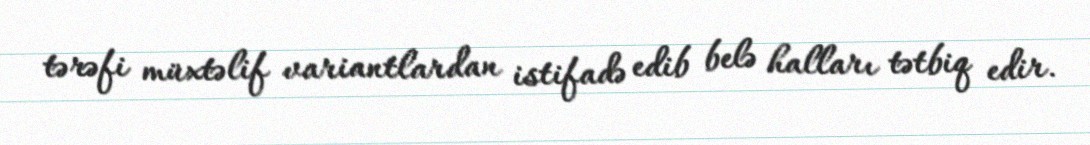
tərəfi müxtəlif variantlardan istifadə edib belə halları tətbiq edir.